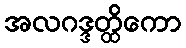
အလဂဒ္ဒတ္ထိကော